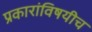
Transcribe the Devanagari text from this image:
प्रकारांविषयीच